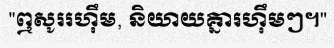
"ឮសូររហ៊ឹម, និយាយគ្នារហ៊ឹមៗ។"